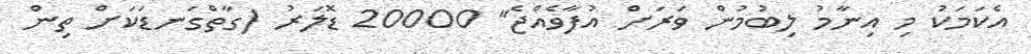
އެކަމަކު މި އިނާމު ލިބުމުން ވަރަށް އުފާވެއްޖެ" 20000 ޑޮލަރު (ގާތްގަނޑަކަށް ތިން